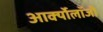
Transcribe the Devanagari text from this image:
आर्क्योलॉजी